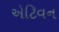
એટિવન